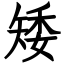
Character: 矮